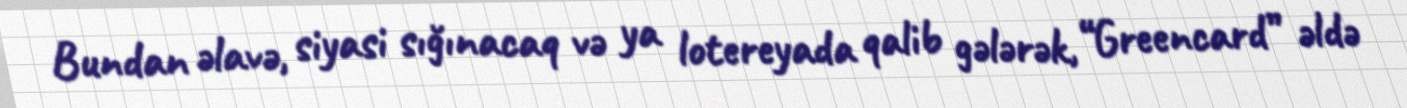
Bundan əlavə, siyasi sığınacaq və ya lotereyada qalib gələrək, “Greencard” əldə